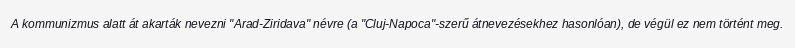
A kommunizmus alatt át akarták nevezni "Arad-Ziridava" névre (a "Cluj-Napoca"-szerű átnevezésekhez hasonlóan), de végül ez nem történt meg.